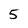
Character: 5